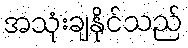
အသုံးချနိုင်သည်